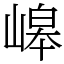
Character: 㟸